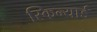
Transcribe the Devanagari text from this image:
स्किन्यार्ड